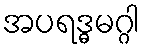
အပရဒ္ဓမဂ္ဂါ